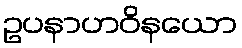
ဥပနာဟဝိနယော